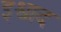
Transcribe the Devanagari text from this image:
इश्वाद